Investigations on Bengal jail dietaries - Number 37
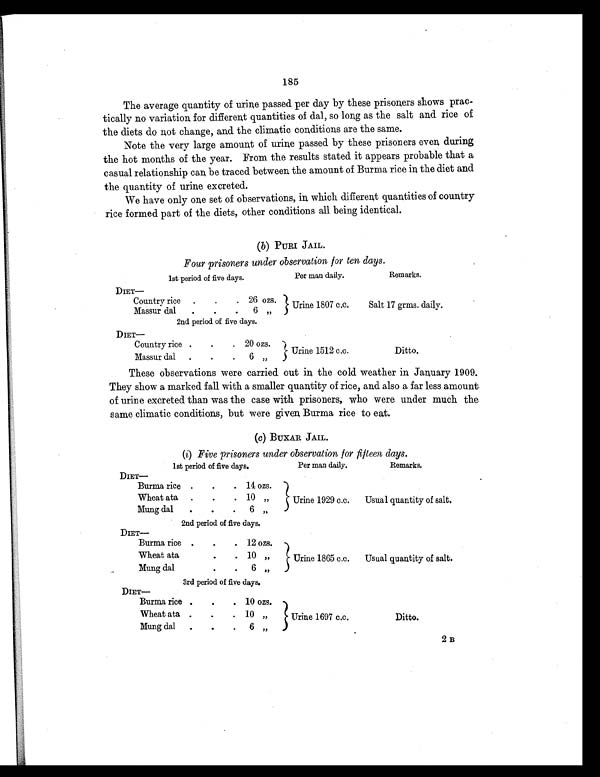
185
The average quantity of urine passed per day by these prisoners shows prac-
tically no variation for different quantities of dal, so long as the salt and rice of
the diets do not change, and the climatic conditions are the same.
Note the very large amount of urine passed by these prisoners even during
the hot months of the year. From the results stated it appears probable that a
casual relationship can be traced between the amount of Burma rice in the diet and
the quantity of urine excreted.
We have only one set of observations, in which different quantities of country
rice formed part of the diets, other conditions all being identical.
(b ) PURI JAIL.
Four prisoners under observation for ten days.
1st period of five days.
Per man daily.
Remarks.
DIET—
Country rice .
. . 26 ozs.
Urine 1807 c.c.
Salt 17 grms. daily.
Massur dal
.
.
. 6 „
2nd period of five days.
DIET—
Country rice .
.
. 20 ozs.
Urine 1512 c.c.
Ditto.
Massur dal .
. . 6 „
These observations were carried out in the cold weather in January 1909.
They show a marked fall with a smaller quantity of rice, and also a far less amount
of urine excreted than was the case with prisoners, who were under much the
same climatic conditions, but were given Burma rice to eat.
(c) BUXAR JAIL.
(i) Five prisoners under observation for fifteen days.
1st period of five days.
Per man daily.
Remarks.
DIET—
Burma rice .
.
. 14 ozs.
Urine 1929 c.c.
Usual quantity of salt.
Wheat ata .
.
. 10 „
Mung dal
.
.
. 6 „
2nd period of five days.
DIET—
Burma rice .
.
. 12 ozs.
Urine 1865 c.c.
Usual quantity of salt.
Wheat ata
.
.
. 10 „
Mung dal
.
.
. 6 „
3rd period of five days.
DIET—
Burma rice .
.
. 10 ozs.
Urine 1697 c.c.
Ditto.
Wheat ata .
.
. 10 „
Mung dal .
.
. 6 „
2 B